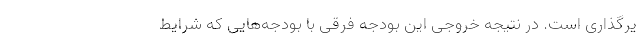
یرگذاری است. در نتیجه خروجی این بودجه فرقی با بودجه‌هایی که شرایط